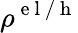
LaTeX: \rho^{\mathrm{~e~l~/~h~}}